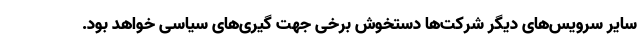
سایر سرویس‌های دیگر شرکت‌ها دستخوش برخی جهت گیری‌های سیاسی خواهد بود.